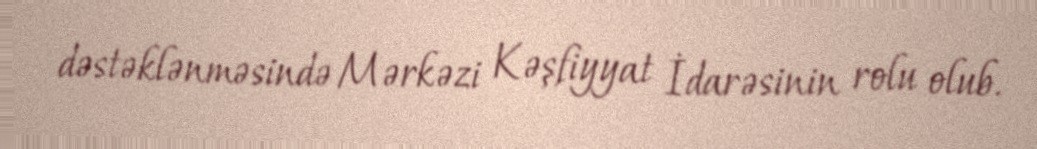
dəstəklənməsində Mərkəzi Kəşfiyyat İdarəsinin rolu olub.